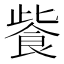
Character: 飺